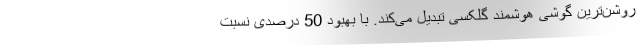
روشن‌ترین گوشی هوشمند گلکسی تبدیل می‌کند. با بهبود 50 درصدی نسبت